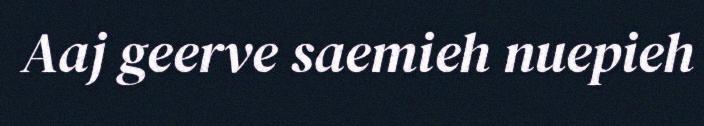
Aaj geerve saemieh nuepieh